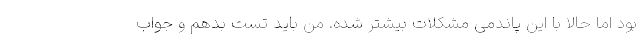
بود اما حالا با این پاندمی مشکلات بیشتر شده. من باید تست بدهم و جواب